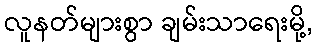
လူနတ်များစွာ ချမ်းသာရေးမို့,